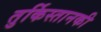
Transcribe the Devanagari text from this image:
तुर्किस्तानकी